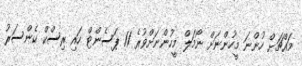
މައްޗަށް ހުންނަ މީހުންނަށް ނޯމަލް މީހުންނަށްވުރެ 11 ޕަސެންޓް ހައި ރިސްކް ކެންސަރު